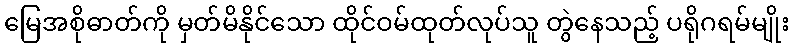
မြေအစိုဓာတ်ကို မှတ်မိနိုင်သော ထိုင်ဝမ်ထုတ်လုပ်သူ တွဲနေသည့် ပရိုဂရမ်မျိုး